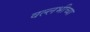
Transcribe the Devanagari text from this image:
वल्लभीच्या